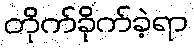
တိုက်ခိုက်ခဲ့ရာ